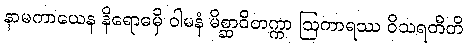
နာမကာယေန နိရောဓမှိ ဝါမနံ မိစ္ဆာဝိတက္ကာ ဩကာရဿ ဝိသရတီတိ